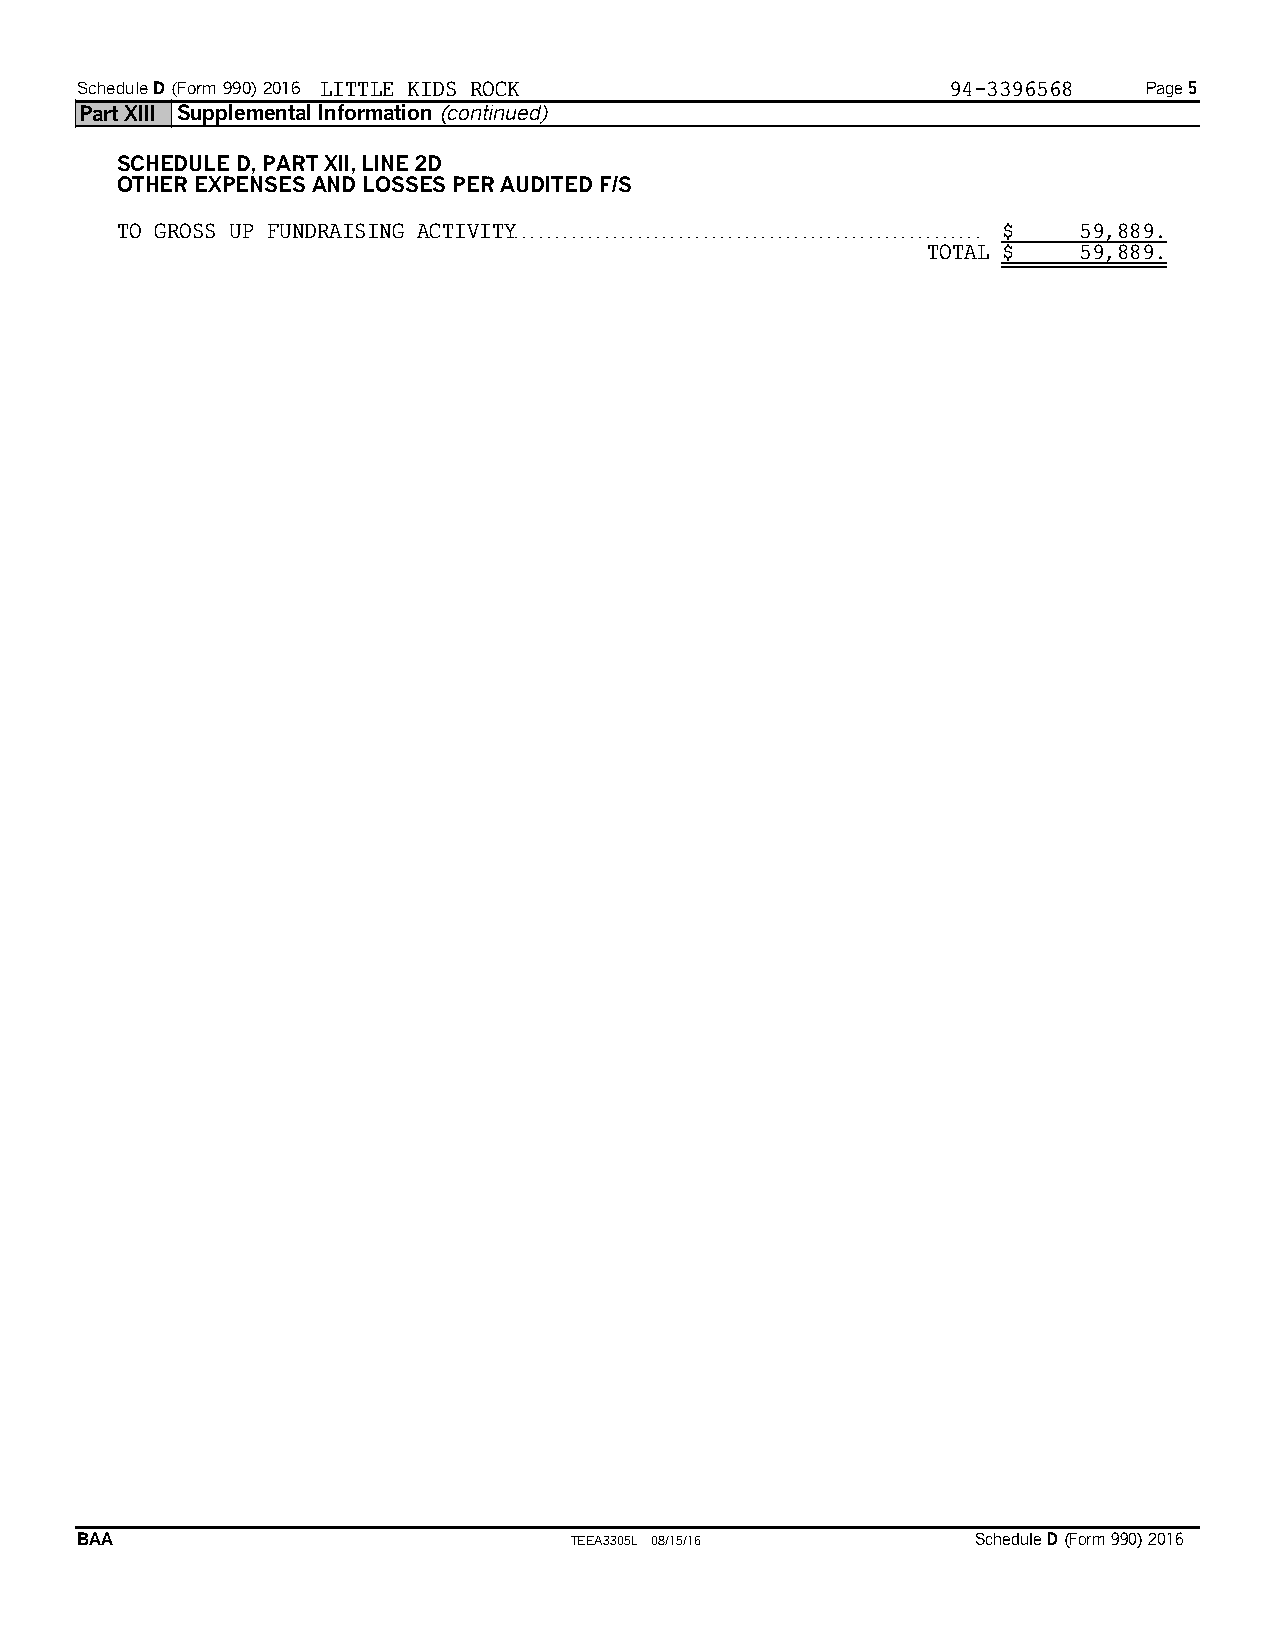
ScheduleD(Form 990) 2016 LITTLE KIDS ROCK                 94-3396568   Page 5
 Part XIII Supplemental Information (continued)
 SCHEDULE D, PART XII, LINE 2D
 OTHER EXPENSES AND LOSSES PER AUDITED F/S
 TO GROSS UP FUNDRAISING ACTIVITY. . . . . . . . . . . . . . . . . . . . . . . . . . . . . . . . . . . . . . . . . . . . . . . . . . . . . . . . . $ 59,889.
 TOTAL $   59,889.
 BAA                              TEEA3305L 08/15/16         Schedule D(Form 990) 2016